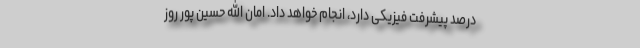
درصد پیشرفت فیزیکی دارد، انجام خواهد داد. امان الله حسین پور روز